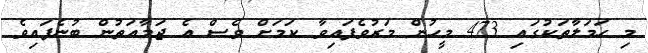
މި ހަމަލާތަކުގައި 473 މީހުން މަރުވެފައިވާ ކަމަށް ވެސް އެ ޖަމާއަތުން ބުނެފައިވެ